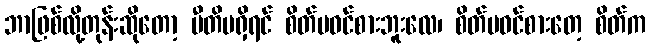
ဘာဖြစ်လို့တုန်းဆိုတော့ ပီတိမရှိရင် စိတ်မဝင်စားဘူးလေ၊ စိတ်မဝင်စားတေ့ စိတ်က